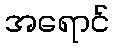
အရောင်